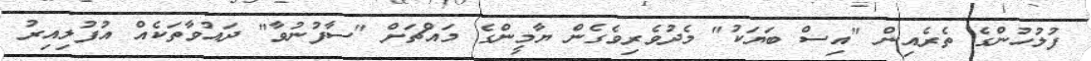
ފުލުހުންގެ ތެރެއިން "އިސް ބަޔަކު" މެދުވެރިވެގެން ޔާމީންގެ މައްޗަށް "ސާފުނުވާ" ދައުވާތަކެއް އުފުލިއިރު